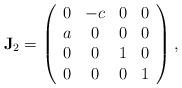
LaTeX: \begin{align*}\mathbf{J}_2=\left(\begin{array}{cccc} 0 & -c & 0 & 0 \\ a & 0 & 0 & 0 \\ 0 & 0 & 1 & 0 \\ 0 & 0 & 0 & 1 \\\end{array}\right),\end{align*}